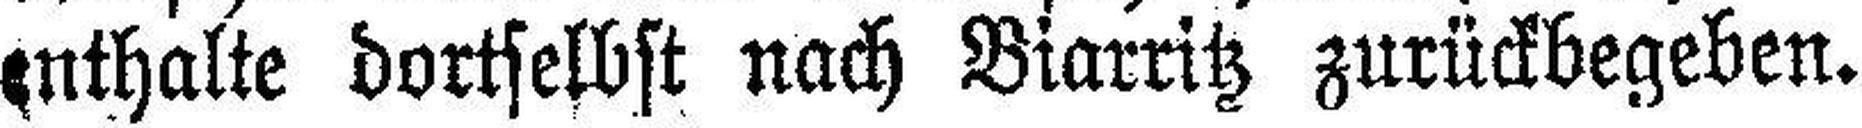
enthalte dortselbst nach Biarritz zurückbegeben.